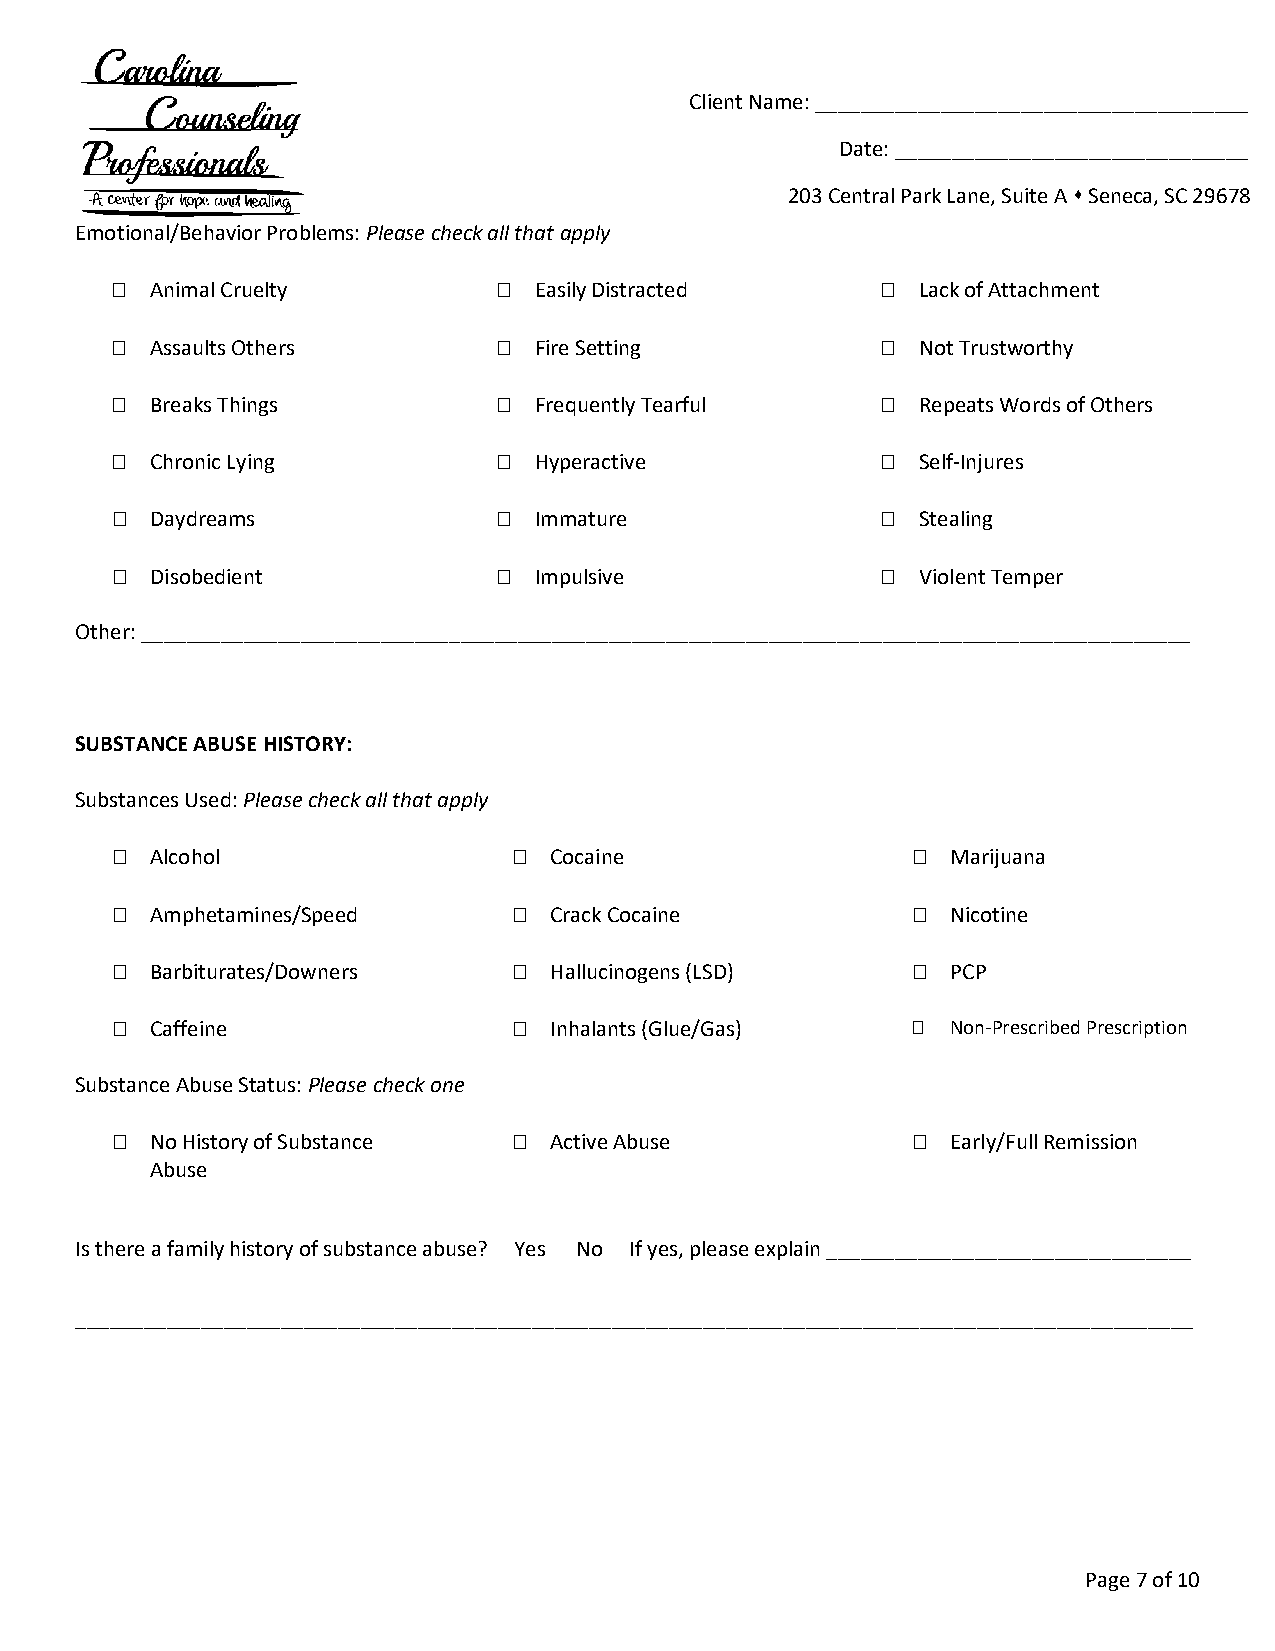
Client Name: ______________________________________
 Date: _______________________________
 203 Central Park Lane, Suite A  Seneca, SC 29678
 Emotional/Behavior Problems: Please check all that apply
   Animal Cruelty          Easily Distracted        Lack of Attachment
   Assaults Others         Fire Setting             Not Trustworthy
   Breaks Things           Frequently Tearful       Repeats Words of Others
   Chronic Lying           Hyperactive              Self-Injures
   Daydreams               Immature                 Stealing
   Disobedient             Impulsive                Violent Temper
 Other: ____________________________________________________________________________________________
 SUBSTANCE ABUSE HISTORY:
 Substances Used: Please check all that apply
   Alcohol                  Cocaine                   Marijuana
   Amphetamines/Speed       Crack Cocaine             Nicotine
   Barbiturates/Downers     Hallucinogens (LSD)       PCP
   Caffeine                 Inhalants (Glue/Gas)      Non-Prescribed Prescription
 Substance Abuse Status: Please check one
   No History of Substance  Active Abuse              Early/Full Remission
 Abuse
 Is there a family history of substance abuse? Yes No If yes, please explain ________________________________
 __________________________________________________________________________________________________
 Page 7 of 10